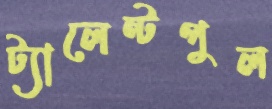
ট্যালেন্টপুল